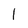
Character: 1